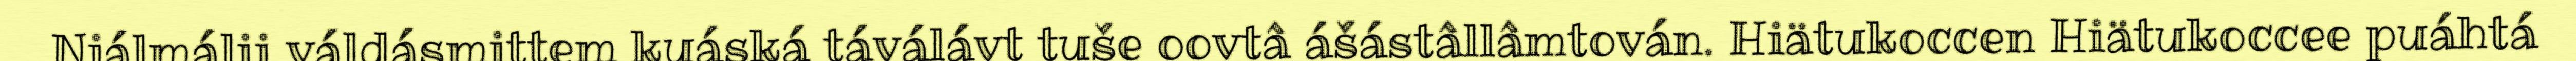
Njálmálii váldásmittem kuáská táválávt tuše oovtâ ášástâllâmtován. Hiätukoccen Hiätukoccee puáhtá